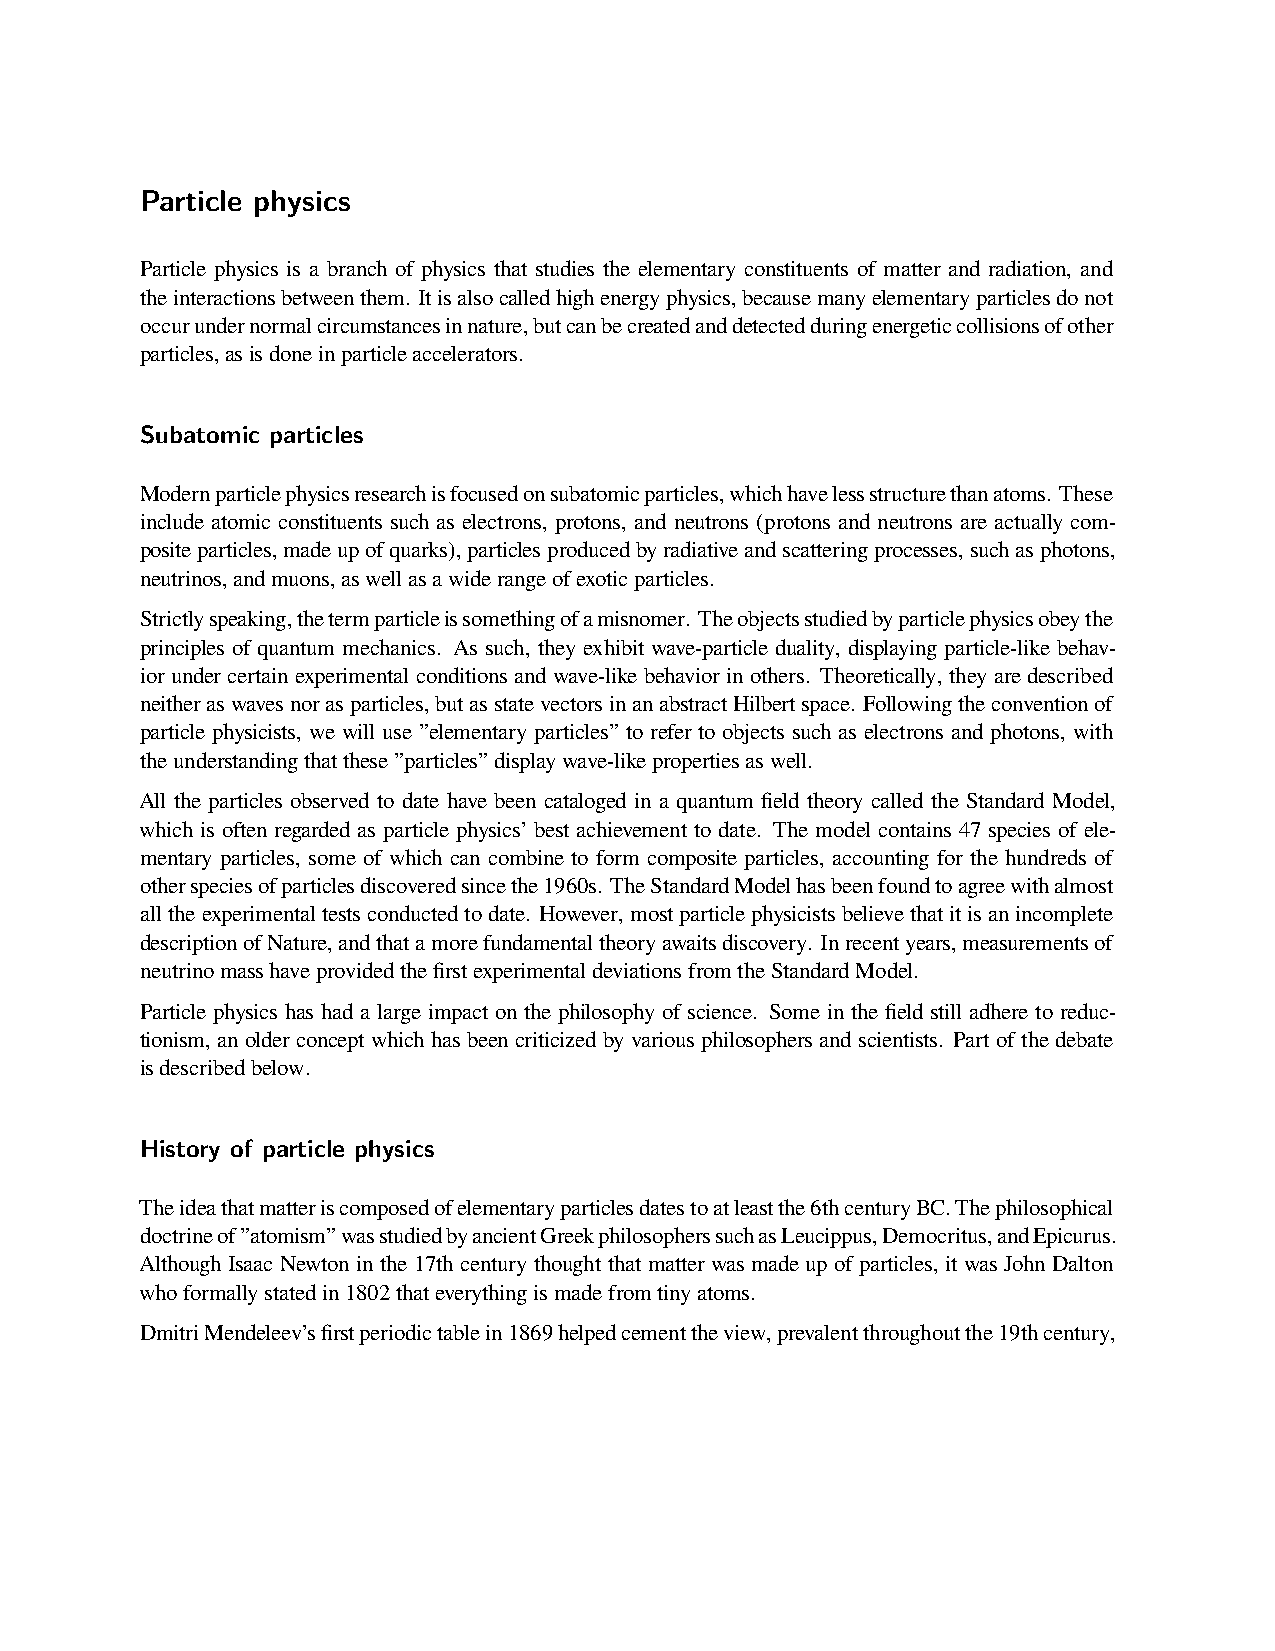
Particle physics
 Particle physics is a branch of physics that studies the elementary constituents of matter and radiation, and
 theinteractionsbetweenthem. Itisalsocalledhighenergyphysics,becausemanyelementaryparticlesdonot
 occurundernormalcircumstancesinnature,butcanbecreatedanddetectedduringenergeticcollisionsofother
 particles,asisdoneinparticleaccelerators.
 Subatomic particles
 Modernparticlephysicsresearchisfocusedonsubatomicparticles,whichhavelessstructurethanatoms. These
 include atomic constituents such as electrons, protons, and neutrons (protons and neutrons are actually com-
 positeparticles,madeupofquarks),particlesproducedbyradiativeandscatteringprocesses,suchasphotons,
 neutrinos,andmuons,aswellasawiderangeofexoticparticles.
 Strictlyspeaking,thetermparticleissomethingofamisnomer. Theobjectsstudiedbyparticlephysicsobeythe
 principles of quantum mechanics. As such, they exhibit wave-particle duality, displaying particle-like behav-
 ior under certain experimental conditions and wave-like behavior in others. Theoretically, they are described
 neitheraswavesnorasparticles,butasstatevectorsinanabstractHilbertspace. Followingtheconventionof
 particle physicists, we will use ”elementary particles” to refer to objects such as electrons and photons, with
 theunderstandingthatthese”particles”displaywave-likepropertiesaswell.
 All the particles observed to date have been cataloged in a quantum field theory called the Standard Model,
 which is often regarded as particle physics’ best achievement to date. The model contains 47 species of ele-
 mentary particles, some of which can combine to form composite particles, accounting for the hundreds of
 otherspeciesofparticlesdiscoveredsincethe1960s. TheStandardModelhasbeenfoundtoagreewithalmost
 alltheexperimentaltestsconductedtodate. However,mostparticlephysicistsbelievethatitisanincomplete
 descriptionofNature,andthatamorefundamentaltheoryawaitsdiscovery. Inrecentyears,measurementsof
 neutrinomasshaveprovidedthefirstexperimentaldeviationsfromtheStandardModel.
 Particle physics has had a large impact on the philosophy of science. Some in the field still adhere to reduc-
 tionism, an olderconcept whichhasbeen criticizedby variousphilosophersand scientists. Partofthe debate
 isdescribedbelow.
 History of particle physics
 Theideathatmatteriscomposedofelementaryparticlesdatestoatleastthe6thcenturyBC.Thephilosophical
 doctrineof”atomism”wasstudiedbyancientGreekphilosopherssuchasLeucippus,Democritus,andEpicurus.
 Although Isaac Newton in the 17th century thought that matter was made up of particles, it was John Dalton
 whoformallystatedin1802thateverythingismadefromtinyatoms.
 DmitriMendeleev’sfirstperiodictablein1869helpedcementtheview,prevalentthroughoutthe19thcentury,